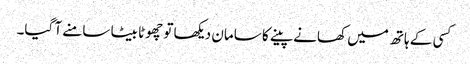
کسی کے ہاتھ میں کھانے پینے کا سامان دیکھا تو چھوٹا بیٹا سامنے آ گیا۔